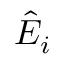
{ \hat { E } } _ { i }